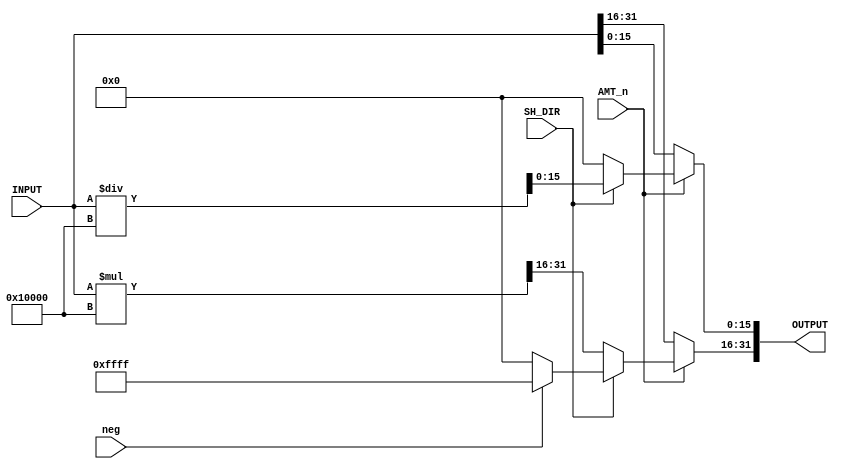
`timescale 1 ns/1 ns

module Shifter_16_Bit(SH_DIR, AMT_n, INPUT, OUTPUT, neg);
   input SH_DIR;
   input AMT_n;
   input neg;
   input [31:0] INPUT;
   output reg [31:0] OUTPUT;

   always @* begin
   	if(AMT_n == 1)begin 	
		if(SH_DIR == 1) begin         
			OUTPUT <= INPUT / (2**16);    
			if(neg == 1) OUTPUT[31:16] <= 16'b1111111111111111;  
			else OUTPUT[31:16] <= 16'b0000000000000000;           
		end
		else begin                  
			OUTPUT <= INPUT * (2**16);    
			OUTPUT[15:0] <= 16'b0000000000000000;          
		end
   	end
	else begin
		OUTPUT <= INPUT;
	end
   end
   
endmodule